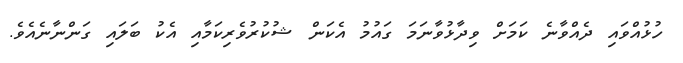
ހުޅުއްވައި ދެއްވާނެ ކަމަށް ވިދާޅުވާނަމަ ގައުމު އެކަން ޝުކުރުވެރިކަމާއި އެކު ބަލައި ގަންނާނެއެވެ.